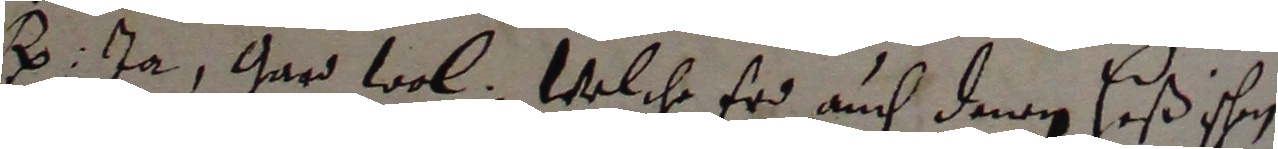
H ja gar wol, Welche erd auch dem heß ihn